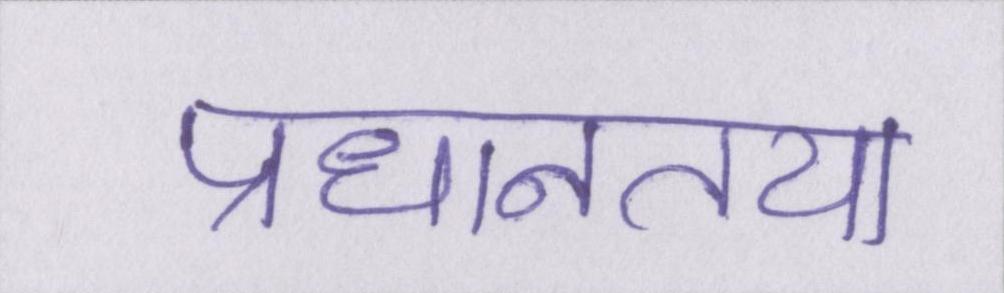
प्रधानतया